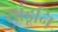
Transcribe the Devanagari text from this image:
सांडूनि